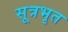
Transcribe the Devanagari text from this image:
सूत्रभृत